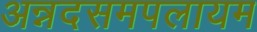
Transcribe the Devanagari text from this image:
अन्नदसमपलायम